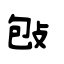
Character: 𢼌